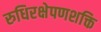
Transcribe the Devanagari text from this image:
रुधिरक्षेपणशक्ति